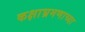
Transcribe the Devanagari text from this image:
कक्षाभ्रमणाच्या